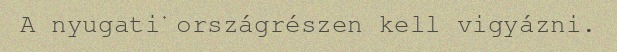
A nyugati országrészen kell vigyázni.